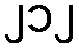
၂၁၂